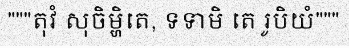
"""តុវំ សុចិម្ហិតេ, ទទាមិ តេ រូបិយំ"""